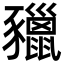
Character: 䝓